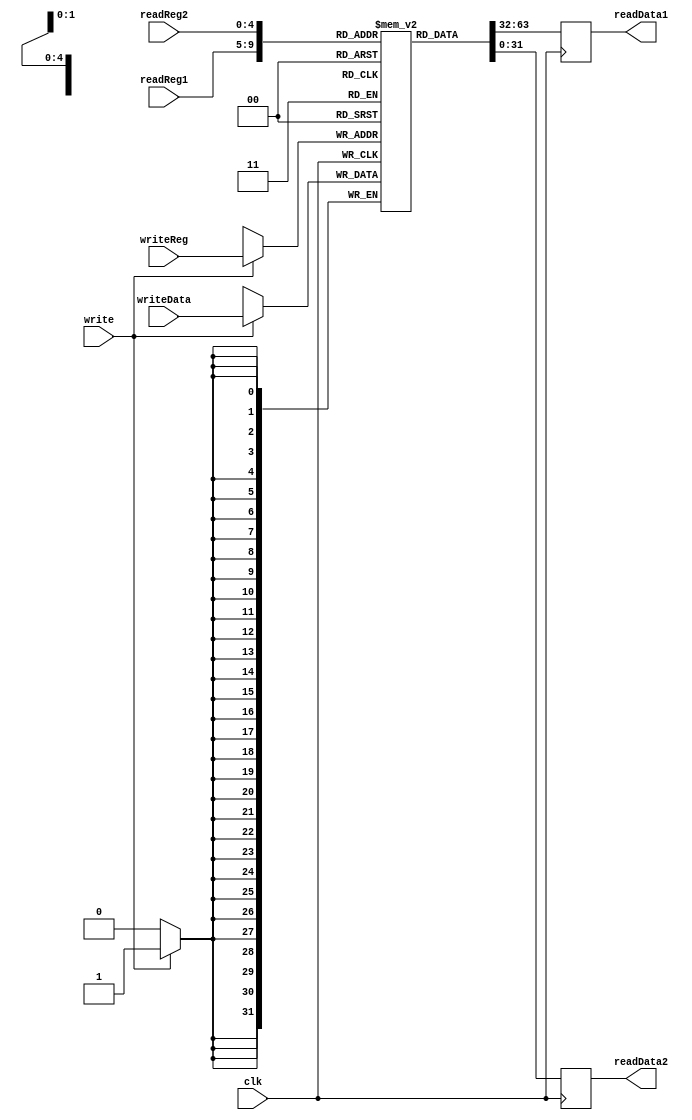
module regfile (output reg [31:0] readData1,readData2,
input clk,write,
input wire [4:0] readReg1,readReg2,writeReg,
input wire [31:0] writeData);

integer i;
reg [31:0] registers [31:0];

//initial block for setting all registers to 0
initial begin 
for(i=0; i<32; i=i+1)
    registers[i]=0;
end

//always block for reading from registers and writing to registers
always @(posedge clk) begin
    readData1<=registers[readReg1];
    readData2<=registers[readReg2];
    if(write)
        registers[writeReg]<=writeData;
    
end
endmodule